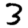
Digit: 3